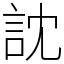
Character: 訦